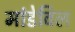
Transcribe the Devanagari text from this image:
मांडेविल